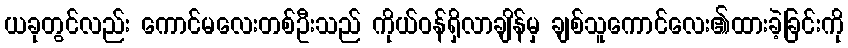
ယခုတွင်လည်း ကောင်မလေးတစ်ဦးသည် ကိုယ်ဝန်ရှိလာချိန်မှ ချစ်သူကောင်လေး၏ထားခဲ့ခြင်းကို